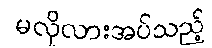
မလိုလားအပ်သည့်